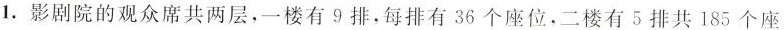
1. 影剧院的观众席共两层，一楼有 9 排，每排有 36 个座位，二楼有 5 排共 185 个座